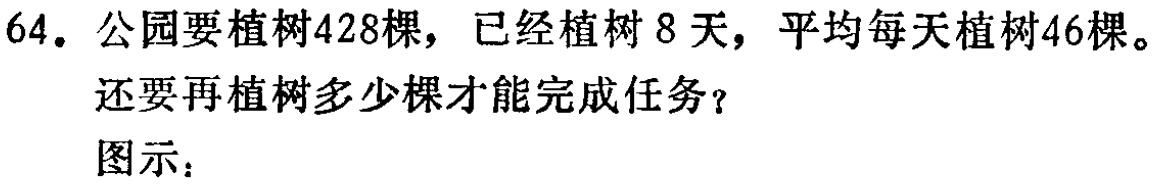
64. 公园要植树428棵，已经植树8天，平均每天植树46棵。

还要再植树多少棵才能完成任务？

图示：